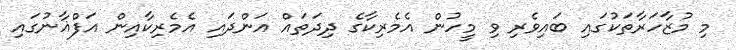
މި މުޒާހަރާތަކުގައި ބައިވެރި ވި މީހުން އެމެރިކާގެ ދިދަތައް އަންދައި އެމެރިކާއިން އަފްޣާނުގައި